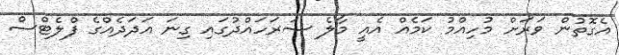
އެގޮތުން ވަރަށް މުހިއްމު ކަމެއް އެއީ މާލެ ސަރަހައްދުގައި ގިނަ އަދަދެއްގެ ފްލެޓްސް